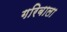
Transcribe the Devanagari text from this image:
गरिबाला